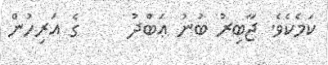
ކަމެކެވެ. ޖާބިރު ބުނު ޢަބްދު     ގެ އަރިހުން